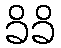
ခိခိ